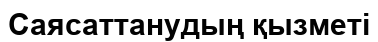
Саясаттанудың қызметі